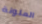
الملونة